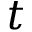
t